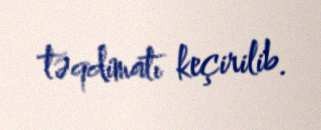
təqdimatı keçirilib.